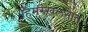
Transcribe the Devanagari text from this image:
हिमस्खलनात